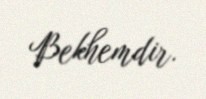
Bekhemdir.